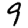
Digit: 9